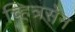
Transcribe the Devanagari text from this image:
च्हित्रसेन